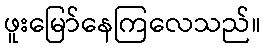
ဖူးမြော်နေကြလေသည်။